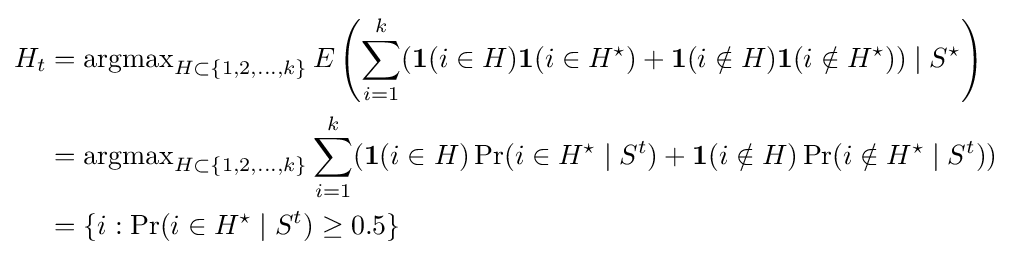
{\begin{aligned}H_{t}&=\operatorname {argmax} \limits _{H\subset \{1,2,\ldots ,k\}}E\left(\sum _{i=1}^{k}({\textbf {1}}(i\in H){\textbf {1}}(i\in H^{\star })+{\textbf {1}}(i\notin H){\textbf {1}}{(i\notin H^{\star })})\mid S^{\star }\right)\\&=\operatorname {argmax} \limits _{H\subset \{1,2,\ldots ,k\}}\sum _{i=1}^{k}({\textbf {1}}(i\in H)\Pr(i\in H^{\star }\mid S^{t})+{\textbf {1}}(i\notin H)\Pr(i\notin H^{\star }\mid S^{t}))\\&=\{i:\Pr(i\in H^{\star }\mid S^{t})\geq 0.5\}\end{aligned}}